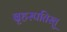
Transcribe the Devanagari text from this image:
बृहस्पतिस्तु